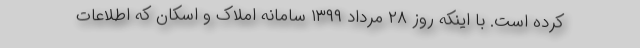
کرده است. با اینکه روز ۲۸ مرداد ۱۳۹۹ سامانه املاک و اسکان که اطلاعات